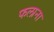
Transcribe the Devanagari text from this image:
फलाना